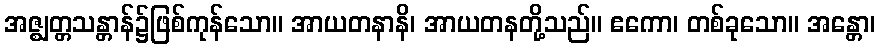
အဇ္ဈတ္တသန္တာန်၌ဖြစ်ကုန်သော။ အာယတနာနိ၊ အာယတနတို့သည်။ ဧကော၊ တစ်ခုသော။ အန္တော၊